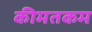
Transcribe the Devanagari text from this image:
कीमतकम